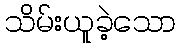
သိမ်းယူခဲ့သော